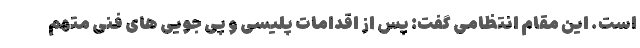
است. این مقام انتظامی گفت: پس از اقدامات پلیسی و پی جویی های فنی متهم